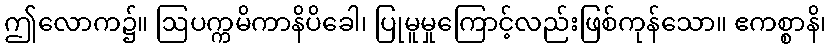
ဤလောက၌။ ဩပက္ကမိကာနိပိခေါ၊ ပြုမူမှုကြောင့်လည်းဖြစ်ကုန်သော။ ဧကစ္စာနိ၊